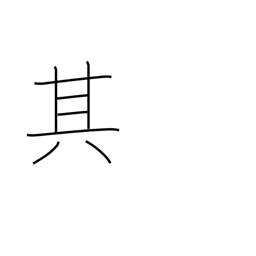
Meaning: that